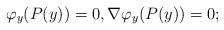
LaTeX: \begin{align*}\varphi_{y}(P(y))=0, \nabla\varphi_{y}(P(y))=0;\end{align*}